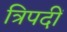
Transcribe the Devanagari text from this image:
त्रिपदीं